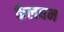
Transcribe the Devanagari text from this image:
कैलघन